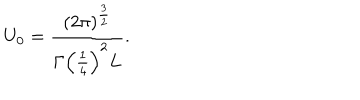
LaTeX: U _ { 0 } = \frac { \left( 2 \pi \right) ^ { \frac { 3 } { 2 } } } { \Gamma \left( \frac { 1 } { 4 } \right) ^ { 2 } L } .